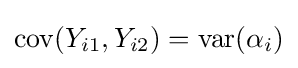
\operatorname {cov} (Y_{i1},Y_{i2})=\operatorname {var} (\alpha _{i})